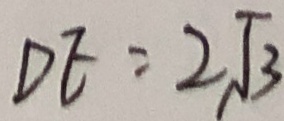
D E = 2 \sqrt { 3 }